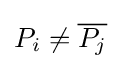
P_{i}\not ={\overline {P_{j}}}